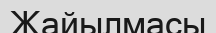
Жайылмасы